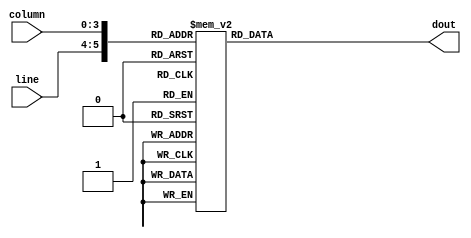
`timescale 1ns / 1ps
//////////////////////////////////////////////////////////////////////////////////
// Company: 
// Engineer: 
// 
// Design Name: 
// Module Name: sbox3_lut
// Project Name: 
// Target Devices: 
// Tool Versions: 
// Description: 
// 
// Dependencies: 
// 
// Revision:
// Revision 0.01 - File Created
// Additional Comments:
// 
//////////////////////////////////////////////////////////////////////////////////


module sbox3_lut(
    input      [1:0] line,
    input      [3:0] column,
    output reg [3:0] dout
);

always @(*) begin
    case ({line, column})
        6'b000000: dout = 'd10;
        6'b000001: dout = 'd0;
        6'b000010: dout = 'd9;
        6'b000011: dout = 'd14;
        6'b000100: dout = 'd6;
        6'b000101: dout = 'd3;
        6'b000110: dout = 'd15;
        6'b000111: dout = 'd5;
        6'b001000: dout = 'd1;
        6'b001001: dout = 'd13;
        6'b001010: dout = 'd12;
        6'b001011: dout = 'd7;
        6'b001100: dout = 'd11;
        6'b001101: dout = 'd4;
        6'b001110: dout = 'd2;
        6'b001111: dout = 'd8;
        6'b010000: dout = 'd13;
        6'b010001: dout = 'd7;
        6'b010010: dout = 'd0;
        6'b010011: dout = 'd9;
        6'b010100: dout = 'd3;
        6'b010101: dout = 'd4;
        6'b010110: dout = 'd6;
        6'b010111: dout = 'd10;
        6'b011000: dout = 'd2;
        6'b011001: dout = 'd8;
        6'b011010: dout = 'd5;
        6'b011011: dout = 'd14;
        6'b011100: dout = 'd12;
        6'b011101: dout = 'd11;
        6'b011110: dout = 'd15;
        6'b011111: dout = 'd1;
        6'b100000: dout = 'd13;
        6'b100001: dout = 'd6;
        6'b100010: dout = 'd4;
        6'b100011: dout = 'd9;
        6'b100100: dout = 'd8;
        6'b100101: dout = 'd15;
        6'b100110: dout = 'd3;
        6'b100111: dout = 'd0;
        6'b101000: dout = 'd11;
        6'b101001: dout = 'd1;
        6'b101010: dout = 'd2;
        6'b101011: dout = 'd12;
        6'b101100: dout = 'd5;
        6'b101101: dout = 'd10;
        6'b101110: dout = 'd14;
        6'b101111: dout = 'd7;
        6'b110000: dout = 'd1;
        6'b110001: dout = 'd10;
        6'b110010: dout = 'd13;
        6'b110011: dout = 'd0;
        6'b110100: dout = 'd6;
        6'b110101: dout = 'd9;
        6'b110110: dout = 'd8;
        6'b110111: dout = 'd7;
        6'b111000: dout = 'd4;
        6'b111001: dout = 'd15;
        6'b111010: dout = 'd14;
        6'b111011: dout = 'd3;
        6'b111100: dout = 'd11;
        6'b111101: dout = 'd5;
        6'b111110: dout = 'd2;
        6'b111111: dout = 'd12;
    endcase
end

endmodule